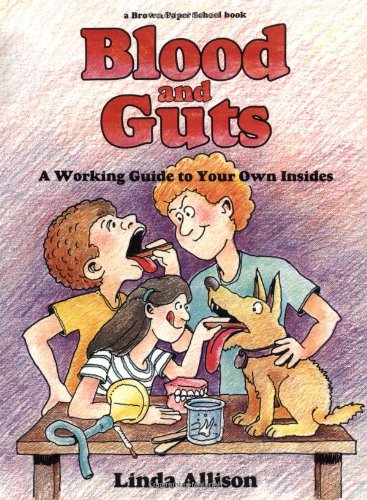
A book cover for Brown Paper School book: Blood and Guts; Linda Allison; Children's Books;